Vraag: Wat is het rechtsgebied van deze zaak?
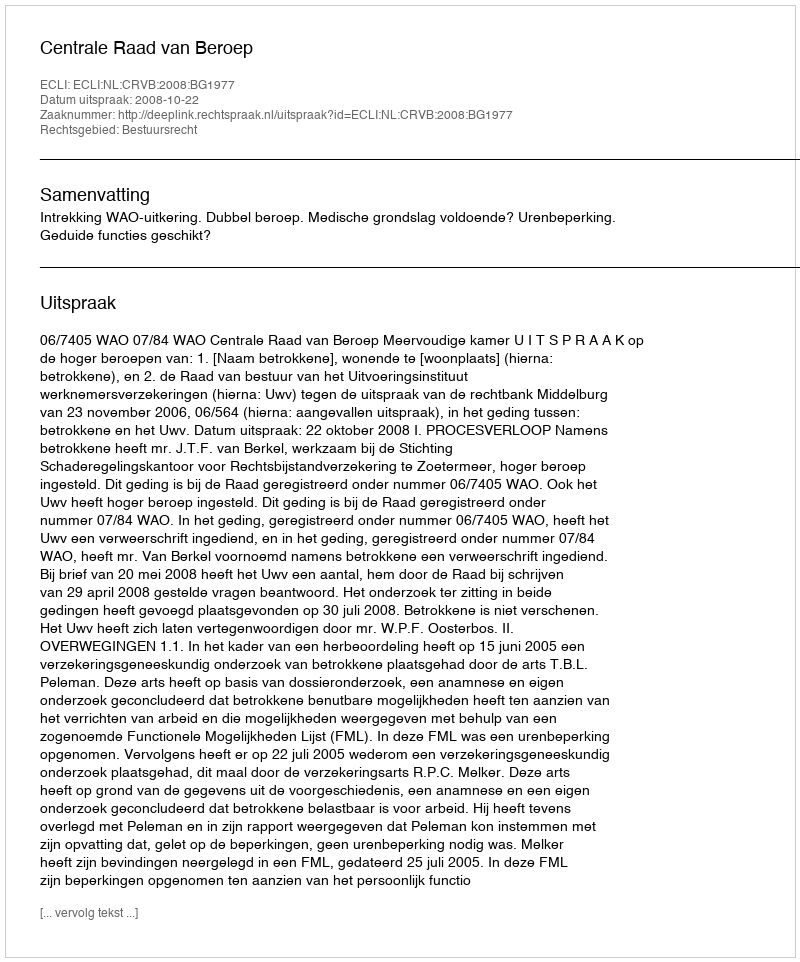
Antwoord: Bestuursrecht